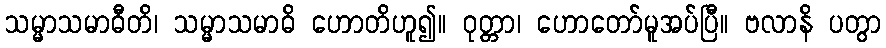
သမ္မာသမာဓီတိ၊ သမ္မာသမာဓိ ဟောတိဟူ၍။ ဝုတ္တာ၊ ဟောတော်မူအပ်ပြီ။ ဗလာနိ ပတွာ